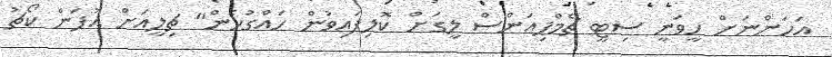
އަހަންނަށް ހީވަނީ ސިޓީ ޗެމްޕިއަންސް ލީގަށް ކޮލިފައިވުން ހައްގުހެން" ޗިލީއަށް އުފަން ކޯޗު